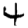
Digit: 4